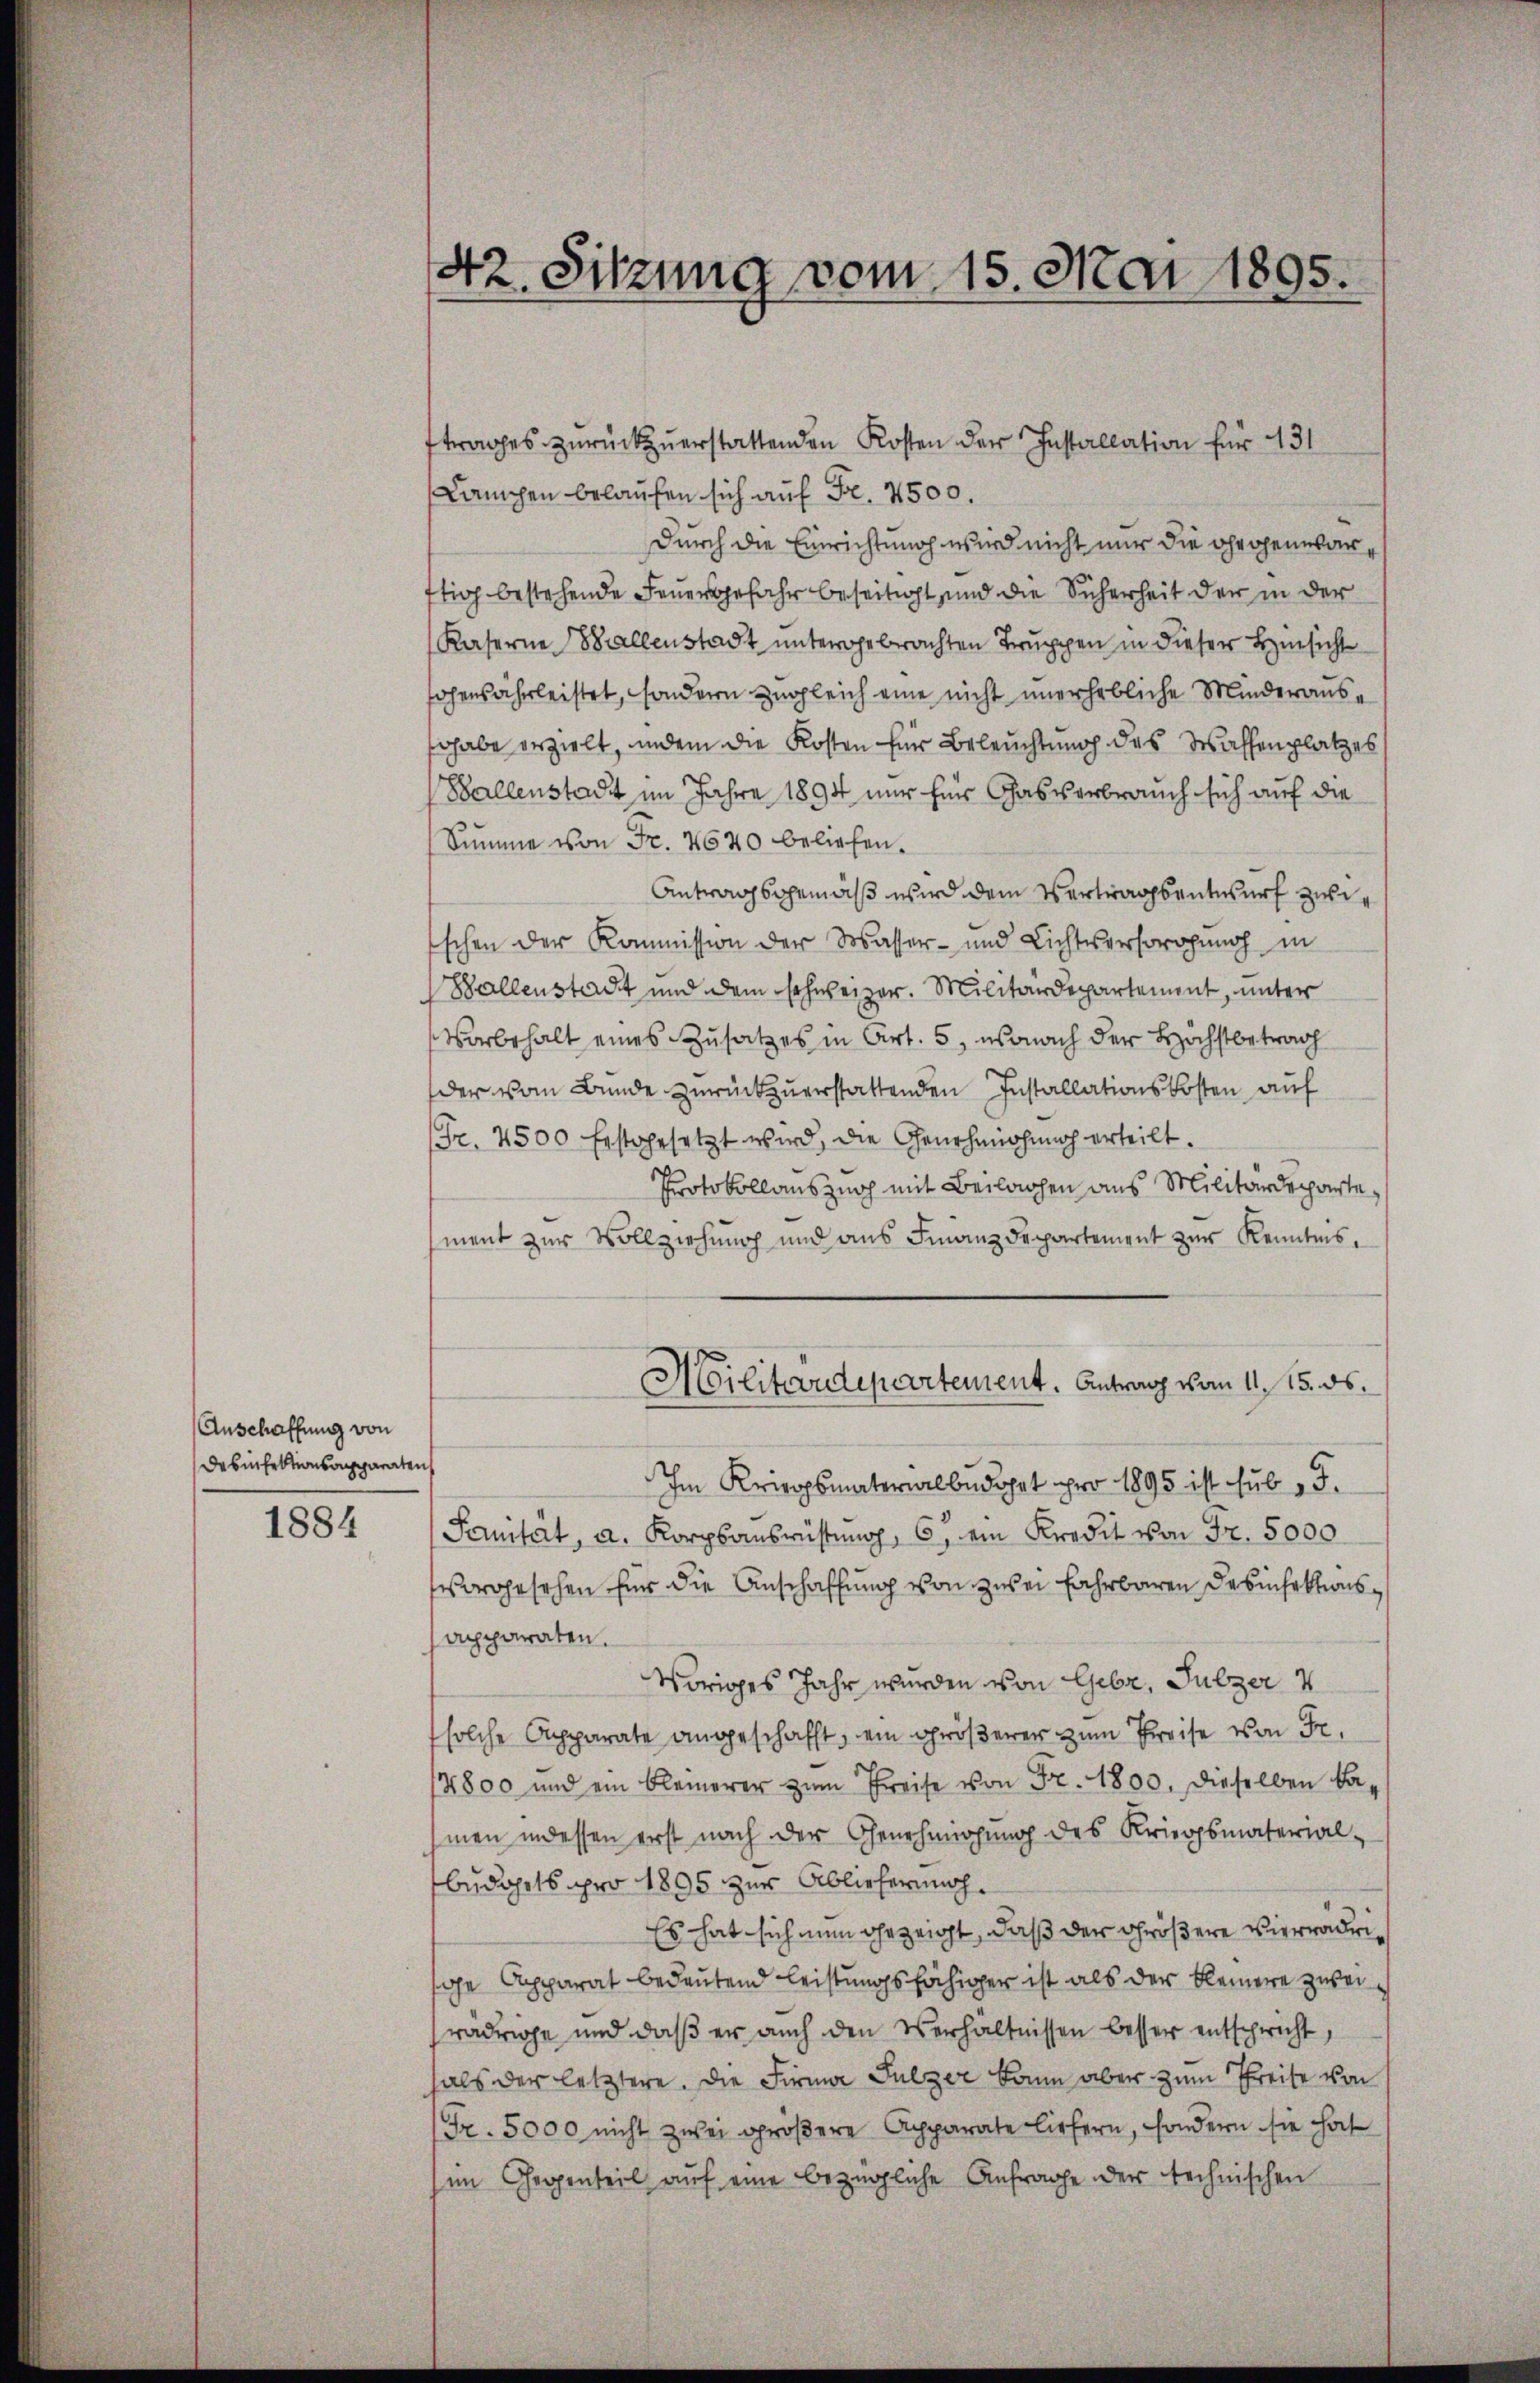
Anschaffung von
Desinfektionsapparaten

1884

42. Sitzung vom 15. Mai 1895.

ftrages zurückzuerstattenden Kosten der Installation für 431
Lampen belaufen sich auf Fr. 4500.
Durch die Einrichtung wird nicht nur die gegenwar,
ftig bestehende Feuersgefahr beseitigt und die Sicherheit der in der
Kaserne Billenstadt untergebrachten Truppen in dieser Hinsicht
hohensährleistet, sondern zugleich eine nicht unerhebliche Minderaussohabe erzielt, indem die Kosten für Beleuchtung des Waffenplatzes
Ballenstadt im Jahre 1894 nur für Gasverbrauch sich auf die
Summe von Fr. 4640 beliehen.
Antragsgemäß wird dem Vertragsentwurf zwischen der Kommission der Wasser- und Lichtsersorgung in
Ballenstadt und dem schweizer. Militärdepartement, unter
Vorbehalt eines Zusatzes in Art. 5, wonach der Höchstbetrag
der vom Bunde zurückzuerstattenden Installationskosten auf
(Fr. 4500 festgesetzt wird, die Genehmigung erteilt.
Protokollauszug mit Beilagen aus Militärdeparte,
ment zur Vollziehung und aus Finanzdepartement zur Kenntnis.
Militärdepartement. Antrag vom 11. 15. ds.
Im Kriegsmaterialbüdget pro 1895 ist sub. J.
Sanität, a. Korpsausrüstung, 6 ein Kredit von Fr. 5000
Vorgesehen für die Anschaffung von zwei Fahrbaren Desinfektionsapparaten.
voriges Jahr wurden von Gebr. Sulzer v
solche Apparate angeschafft, ein größerer zum Preise von Fr.
800 und ein kleinerer zŭm Preise von Fr. 1800. dieselben ka
men indessen erst nach der Genehmigung des Kriegsmaterial-
budohrts pro 1895 zur Ablieferung.
Es hat sich nun gezeigt, daß der größere Vierradrige Apparat bedeutend leistungsfähiger ist als der kleinere zwei
radrige und daß er auch den Verhältnissen besser entspricht,
hals der letztere. Die Firma Sulzer kann aber zum Preise von
Fr. 5000 nicht zwei größere Apparate liefern, sondern sie hat
im Gegenteil aŭf eine bezügliche Anfrage der technischen